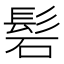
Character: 𮫁